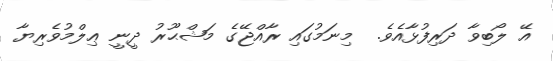
އޭ ލޯބިވާ ދަރިފުޅާއެވެ.  މިނަމުގައި ރާއްޖޭގެ މަޝްޙޫރު ދީނީ ޢިލްމުވެރިޔާ